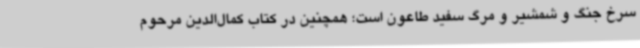
سرخ جنگ و شمشیر و مرگ سفید طاعون است؛ همچنین در کتاب کمال‌الدین مرحوم